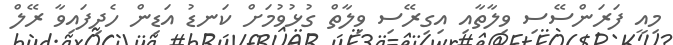
މިއީ ފަރަންސޭސި ވިލާތާއި އިގިރޭސި ވިލާތް ގުޅުވުމަށް ކަނޑު އަޑިން ހެދިފައިވާ ރޭލް